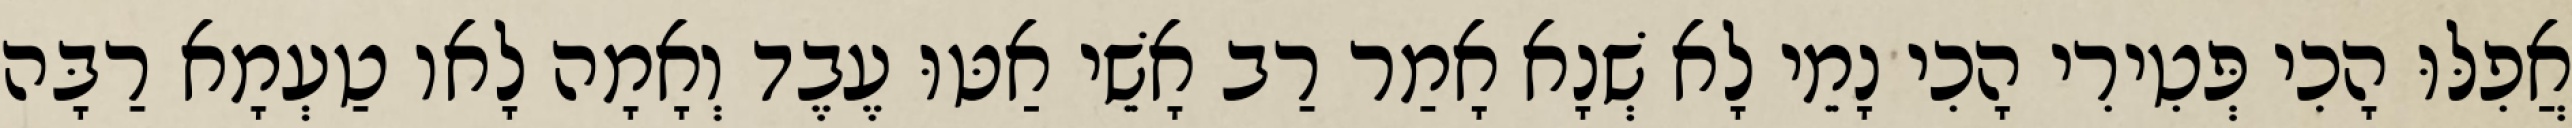
אֲפִלּוּ הָכִי פְּטִירִי הָכִי נָמֵי לָא שְׁנָא אָמַר רַב אָשֵׁי אַטּוּ עֶבֶד וְאָמָה לָאו טַעְמָא רַבָּה